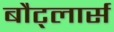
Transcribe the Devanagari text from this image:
बौट्लार्स